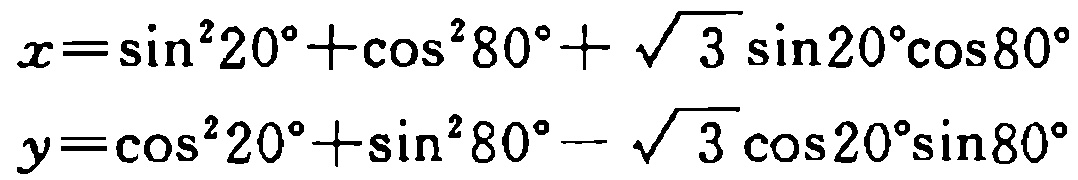
\(x = \sin^{2}20^{\circ}+\cos^{2}80^{\circ}+\sqrt{3}\sin20^{\circ}\cos80^{\circ}\)
\(y = \cos^{2}20^{\circ}+\sin^{2}80^{\circ}-\sqrt{3}\cos20^{\circ}\sin80^{\circ}\)